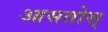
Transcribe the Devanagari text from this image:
आसतोस्